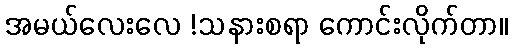
အမယ်လေးလေ !သနားစရာ ကောင်းလိုက်တာ။